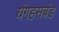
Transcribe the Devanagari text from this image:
यंगहसबंड